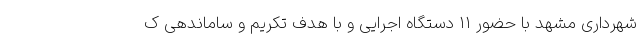
شهرداری مشهد با حضور ۱۱ دستگاه اجرایی و با هدف تکریم و ساماندهی ک